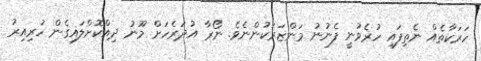
ހަރަކާތެއް ނެތިފައި ހުރެވުނީ ފެނުނު މަންޒަރަކުންނެވެ. ނޯރާ އުދަރެހަށް މޫނު ދިއްކޮށްލައިގެން ހުރިއިރު